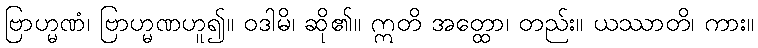
ဗြာဟ္မဏံ၊ ဗြာဟ္မဏဟူ၍။ ဝဒါမိ၊ ဆို၏။ ဣတိ အတ္ထော၊ တည်း။ ယဿာတိ၊ ကား။